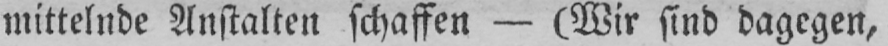
mittelnde Anstalten schaffen - (Wir sind dagegen,